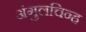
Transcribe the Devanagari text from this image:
अंगुलचिन्ह